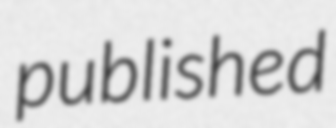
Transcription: published